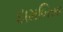
દામબિસા